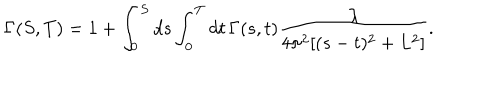
\Gamma ( S , T ) = 1 + \int _ { 0 } ^ { S } d s \int _ { 0 } ^ { T } d t \, \Gamma ( s , t ) \frac { \lambda } { 4 \pi ^ { 2 } [ ( s - t ) ^ { 2 } + L ^ { 2 } ] } .